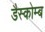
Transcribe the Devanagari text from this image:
डैस्कोम्ब